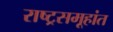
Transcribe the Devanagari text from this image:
राष्ट्रसमूहांत